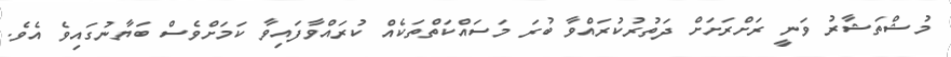
މުޝްތަޝާރު ވަނީ ރަށްރަށަށް ދަތުރުކުރައްވާ ބުރަ މަސައްކަތްތަކެއް ކުރައްވާފައިވާ ކަަމަށްވެސް ބަޔާނުގައިވެ އެވެ.